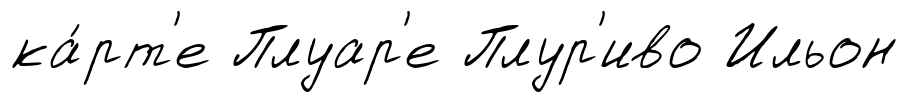
ка́рт'е Плуар'е Плур'иво Ильон